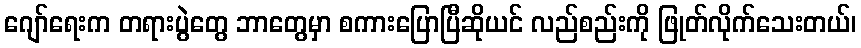
ဂျော်ရေးက တရားပွဲတွေ ဘာတွေမှာ စကားပြောပြီဆိုယင် လည်စည်းကို ဖြုတ်လိုက်သေးတယ်၊